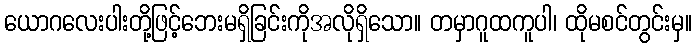
ယောဂလေးပါးတို့ဖြင့်ဘေးမရှိခြင်းကိုအလိုရှိသော။ တမှာဂူထကူပါ၊ ထိုမစင်တွင်းမှ။